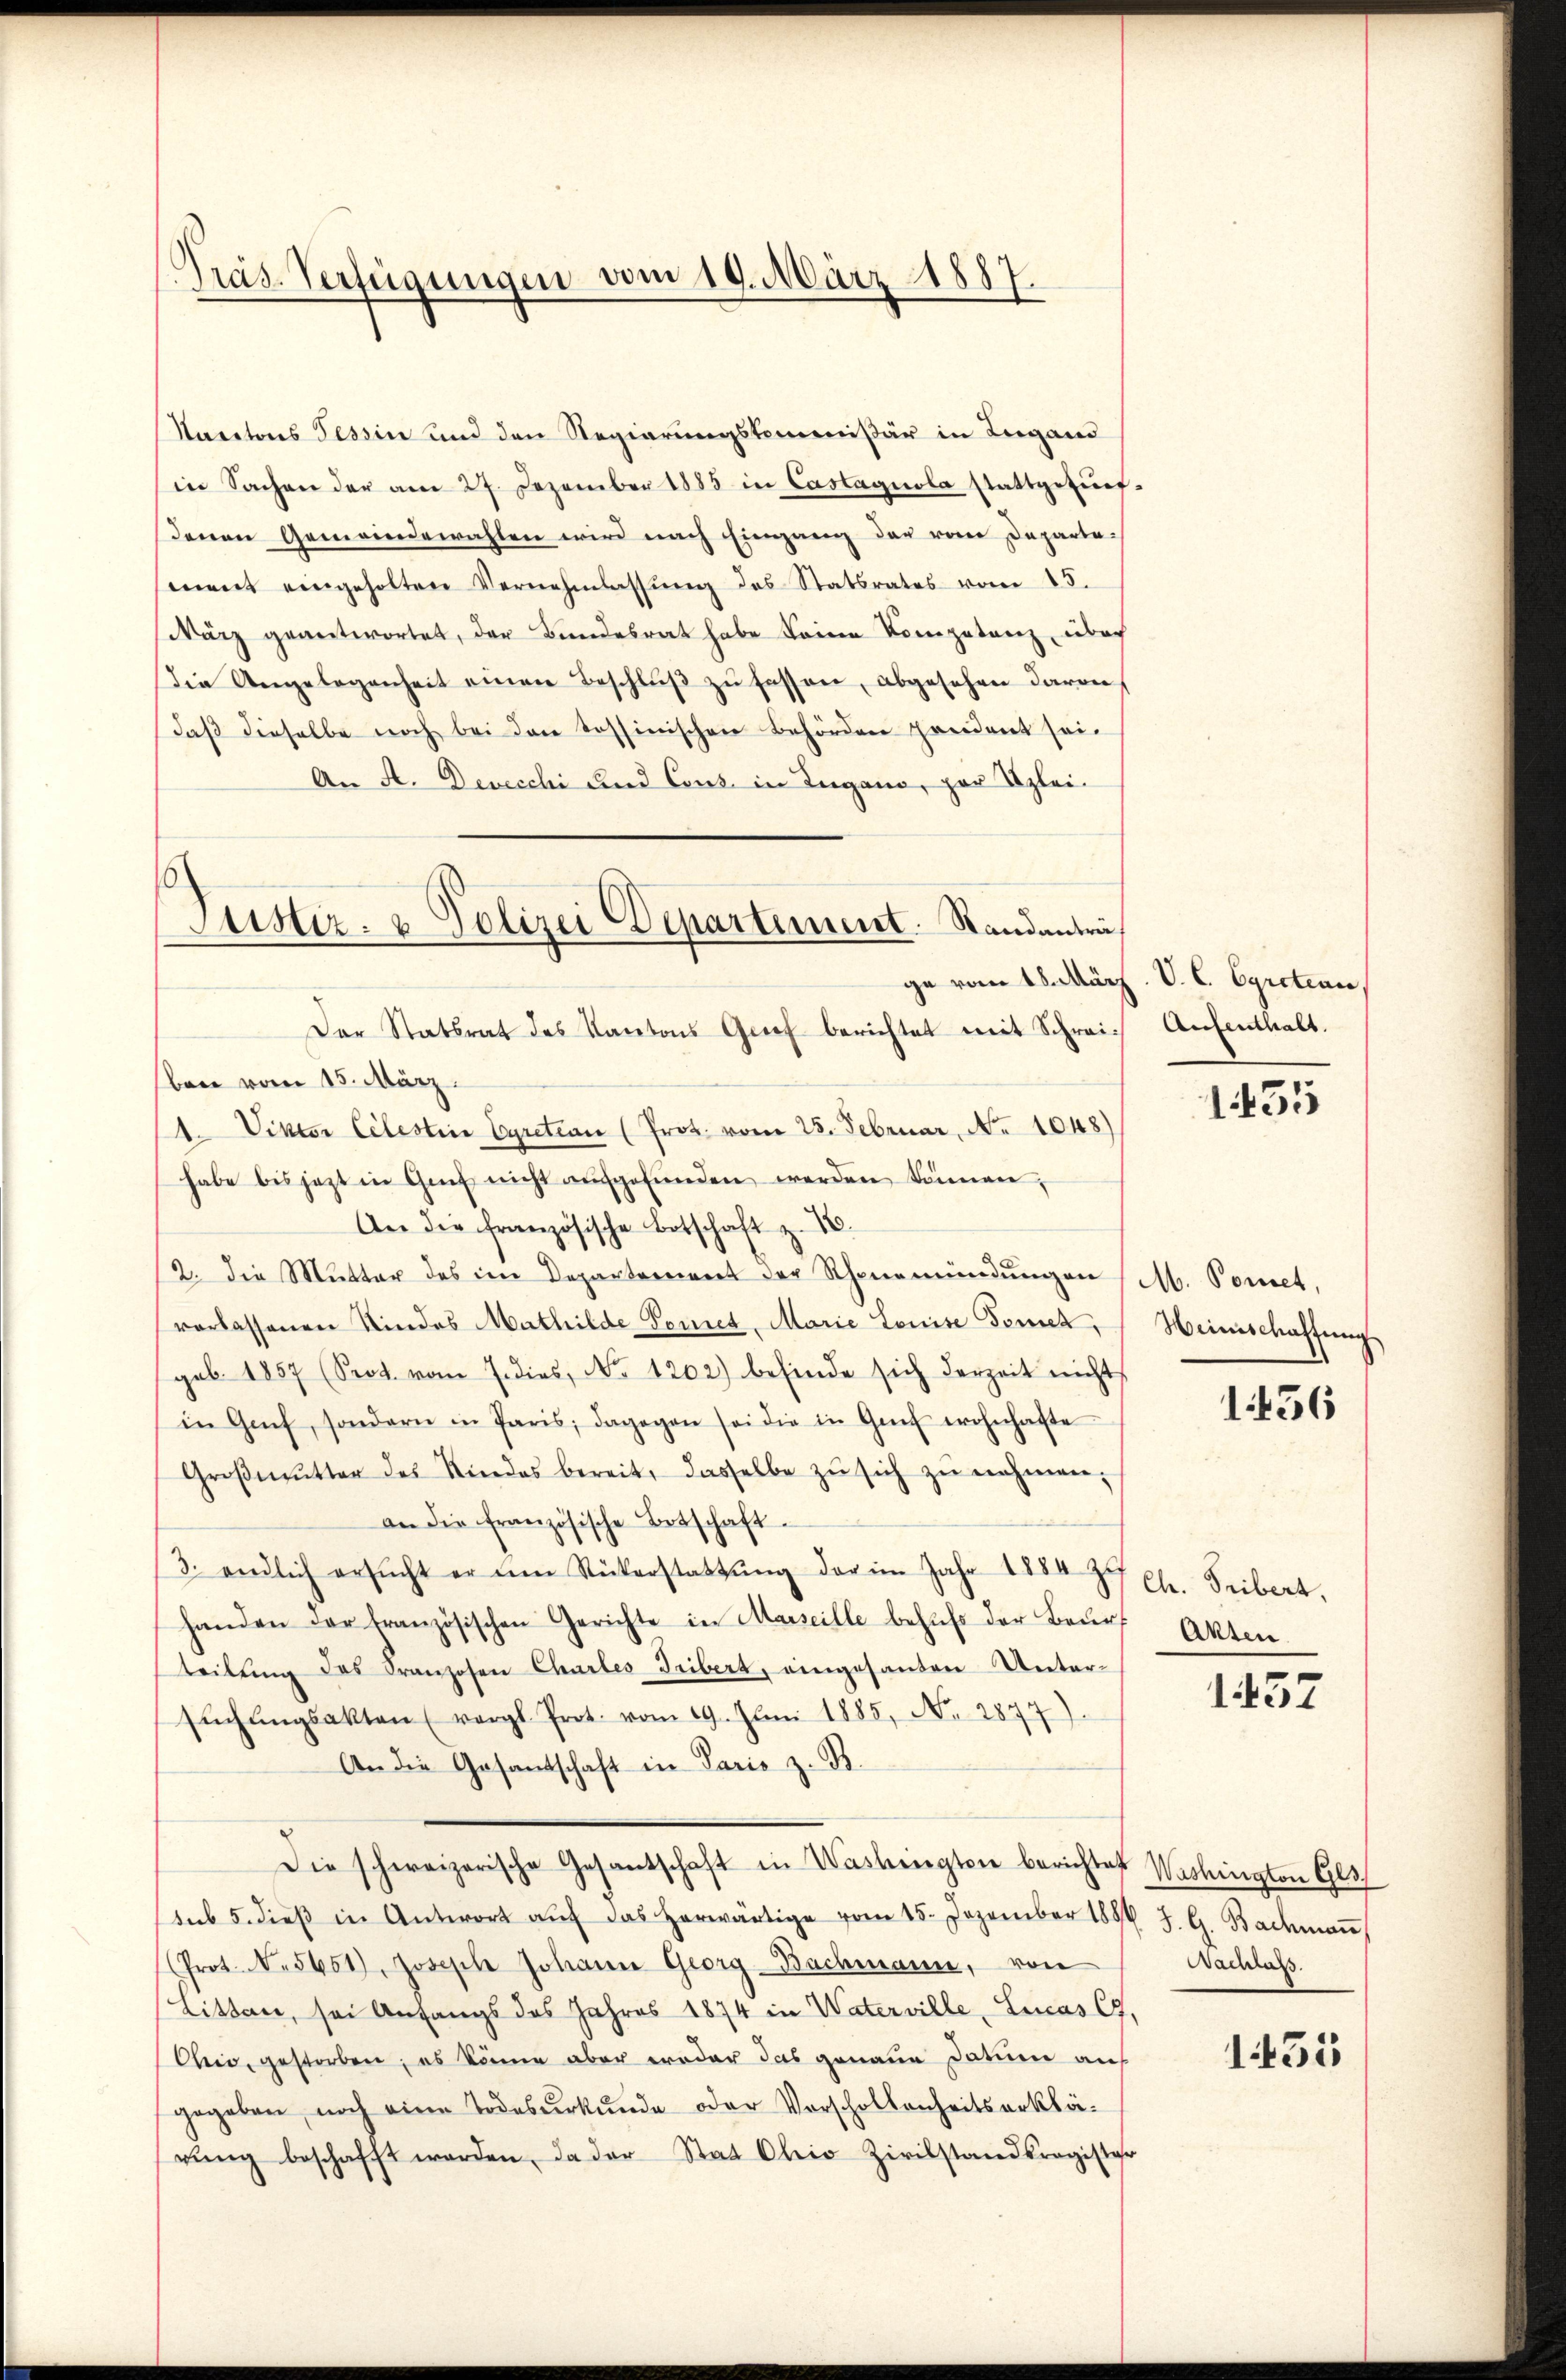
Präs. Verfügungen vom 19. März 1887.

Nacitons Tessin und den Regierungskommißär in Lugand
in Sachen der am 27. Dezember 1883 in Castagnola stattgefŭrf
Denen Gemeindewahlen wird nach Eingang der von Departe-
ment eingeholten Vernehmlassŭng des Statsrates vom 15.
März geantwortet, der Bundesrat habe keine Kompetenz über
die Angelegenheit einen Beschlŭβ zŭ fassen, abgesehen davon
daβ dieselbe noch bei den Tessinischen Behörden pendant sei.
An A. Devecchi und Cous in Lugano, par Klei¬
Der Statsrat des Kantons Grief berichtet mit Schrei-
ben vom 15. März.
1. Viktor Celestice Cyretian (Prot. vom 28. Februar, No 1048)
habe bis jezt in Genf nicht aŭfgefŭnden werden können,
An die französische Botschaft z. B.
2. die Mutter des im Departement der Schönemündungen
vorlassenen Kindes Mathilde Feriet, Marie Louise Temet,
geb. 1857 (Seot. vom 7. dies, No. 1202) befinde sich derzeit nicht
in Genf, sondern in Paris; dagegen sei die in Genf wohnhafte
Groβmŭtter des Kindes bereit, dasselbe zŭ sich zŭ nehmen.
an die französische Betschaft
3. endlich ersŭcht er um Rükerstattŭng der im Jahr 1884 zu Ch. Tribert.
handen der französischen Gerichte in Marseille behufs der Beurt Akten.
teilung des Franzosen Charles Tribert, eingesanten Untersŭchŭngsakten (vergl. Prot. vom 19. Juni 1885, No. 2877).
An die Gesantschaft in Paris z. B.
Die schweizerische Gesantschaft in Washington berichtet Washington Ges
ssub 5. dieβ in Antwort aŭf das herwärtige vom 15. Dezember 1886 J. G. Bachmaṅ
Prot. N. 5651), Joseph Johann Georg-Bachmann, von
Litten, sei Anfangs des Jahres 1874 in Water ville Linas 67.
Chio, gestorben; es können aber weder das genaue Datum auf
gegeben, noch eine Todesurkunde oder Vorschollenheitserklä-
rŭng beschafft worden, da der Stat Ohio Zivilstandkragister

Justiz- & Polizei Departement. Standanträ¬

ge vom 18. März. V. C. Cyrcteur,
Aufenthalt.

1455

M. Ponnet,
Weinschaffung

1456

1437

Nachlass.

155